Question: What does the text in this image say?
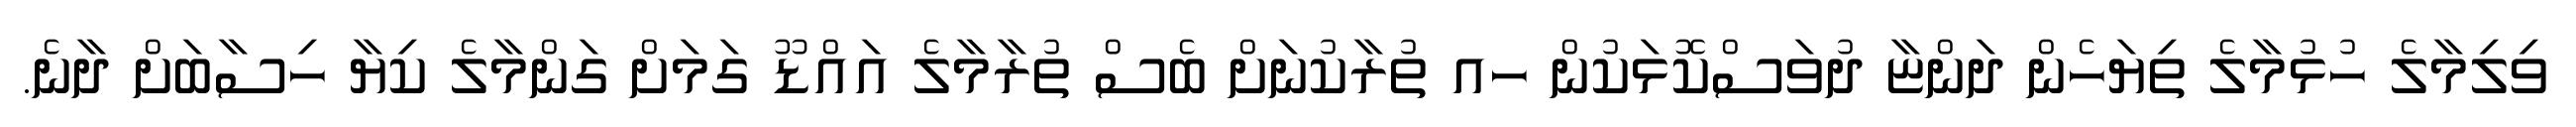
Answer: ވިލިމާލެ ހުޅުމާލެ ތިޔަހެން ދަންޏާ ދުވަސްކޮޅަކުން ހއ ތުރާކުނަށް ބެސް ތުރާމާލެ އައްޑޫ ގަމަށް ގަންމާލެ ކިޔާ ހިސާބަށް ދާނެ.